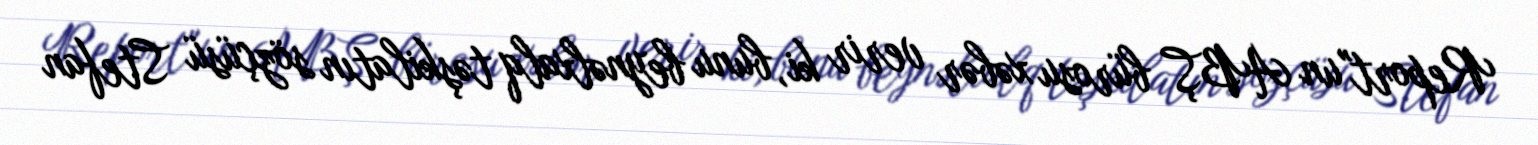
Report"un ABŞ bürosu xəbər verir ki, bunu beynəlxalq təşkilatın sözçüsü Stefan